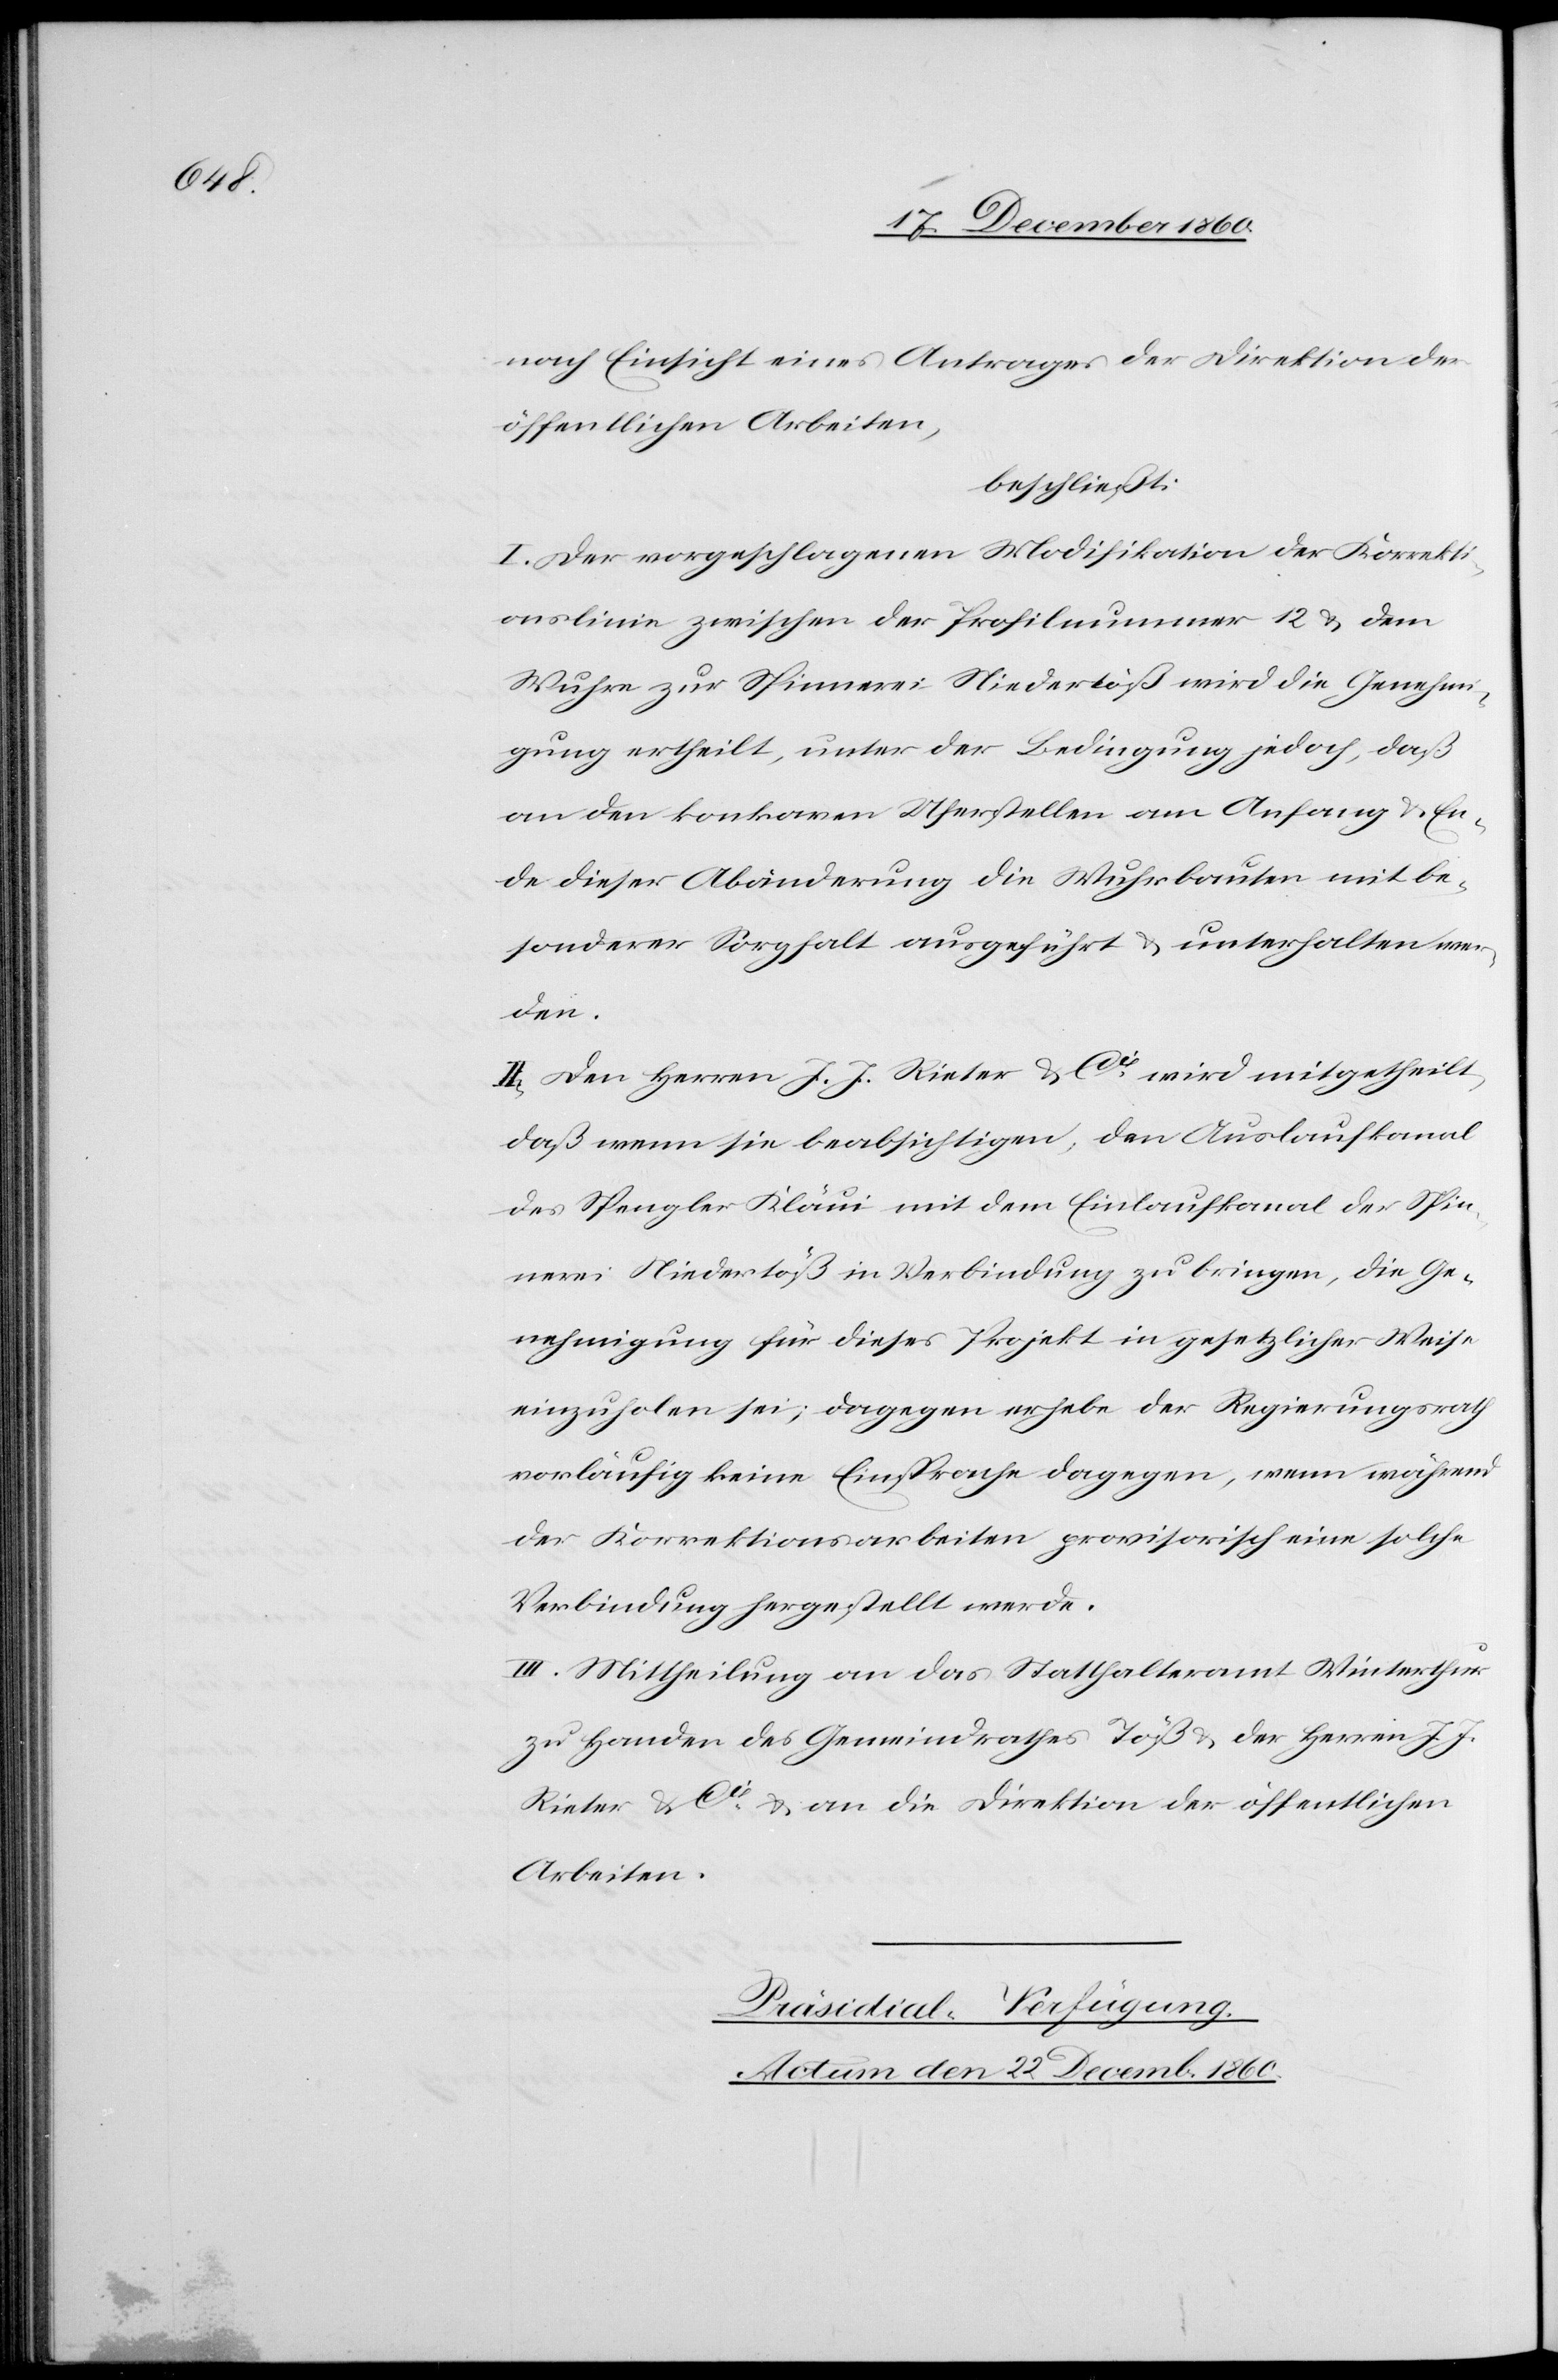
nach Einsicht eines Antrages der Direktion der
öffentlichen Arbeiten,
beschließt:
I. Der vorgeschlagenen Modifikation der Korrekti¬
onslinie zwischen der Profilnummer 12 u. dem
Wuhre zur Spinnerei Niedertöß wird die Genehmi¬
gung ertheilt, unter der Bedingung jedoch, daß
an den konkaven Uferstellen am Anfang u. En¬
de dieser Abänderung die Wuhrbauten mit be¬
sonderer Sorgfalt ausgeführt u. unterhalten wer¬
den.
II. Den Herren J. J. Rieter u. Cie wird mitgetheilt,
daß wenn sie beabsichtigen, den Auslaufkanal
des Spengler Kläui mit dem Einlaufkanal der Spin¬
nerei Niedertöß in Verbindung zu bringen, die Ge¬
nehmigung für das Projekt in gesetzlicher Weise
einzuholen sei; dagegen erhebe der Regierungsrath
vorläufig keine Einsprache dagegen, wenn während
der Korrektionsarbeiten provisorisch eine solche
Verbindung hergestellt werde.
III. Mittheilung an das Statthalteramt Winterthur
zu Handen des Gemeindrathes Töß der Herren J.
u. an die Direktion der öffentlichen
Rieter & Cie
Arbeiten.
Präsidial-Verfügung.
Actum den 22. Decemb. 1860.